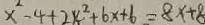
x ^ { 2 } - 4 + 2 x ^ { 2 } + 6 x + 6 = 8 x + 8